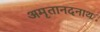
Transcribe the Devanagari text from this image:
अमृतानदनाथ